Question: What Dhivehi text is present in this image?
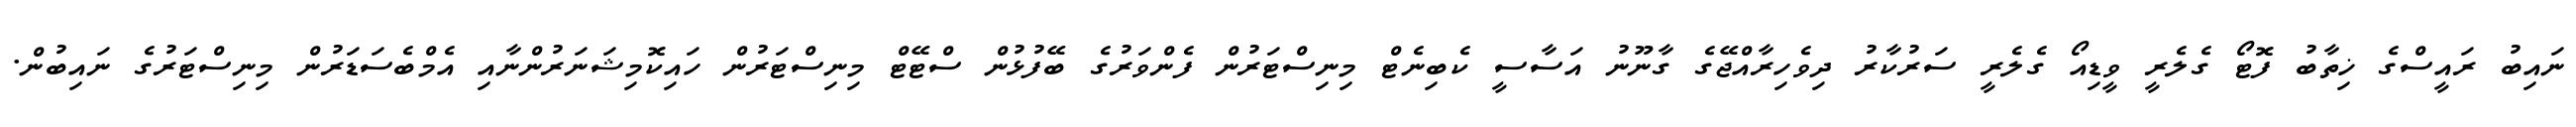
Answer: ނައިބު ރައީސްގެ ޚިތާބު ފޮޓޯ ގެލެރީ ވީޑިއޯ ގެލެރީ ސަރުކާރު ދިވެހިރާއްޖޭގެ ގާނޫނު އަސާސީ ކެބިނެޓް މިނިސްޓަރުން ފެންވަރުގެ ބޭފުޅުން ސްޓޭޓް މިނިސްޓަރުން ހައިކޮމިޝަނަރުންނާއި އެމްބެސަޑަރުން މިނިސްޓަރުގެ ނައިބުން.